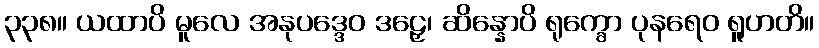
၃၃၈။ ယထာပိ မူလေ အနုပဒ္ဒေဝ ဒဠှေ၊ ဆိန္နောပိ ရုက္ခော ပုနရေဝ ရူဟတိ။